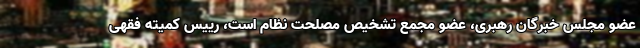
عضو مجلس خبرگان رهبری، عضو مجمع تشخیص مصلحت نظام است، رییس کمیته فقهی